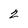
Character: 2